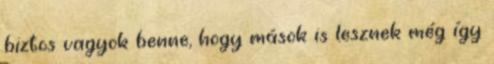
biztos vagyok benne, hogy mások is lesznek még így